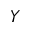
Y